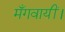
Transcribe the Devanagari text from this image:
मँगवायीं।